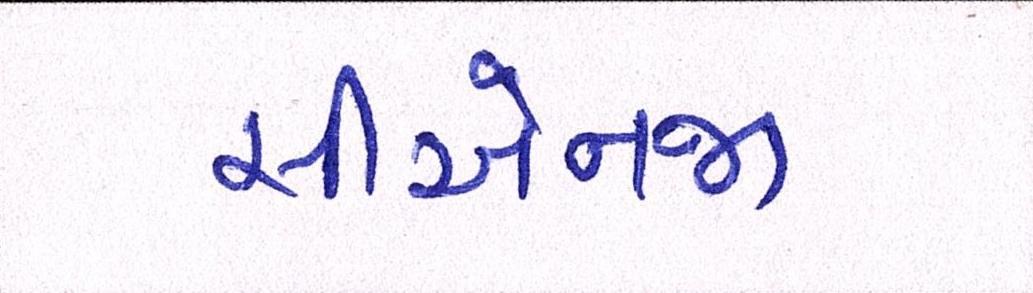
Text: સીએનજી